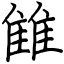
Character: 雔